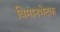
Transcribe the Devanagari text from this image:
विमानभेदक